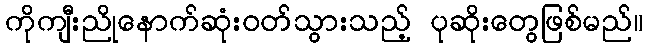
ကိုကျီးညိုနောက်ဆုံးဝတ်သွားသည့် ပုဆိုးတွေဖြစ်မည်။